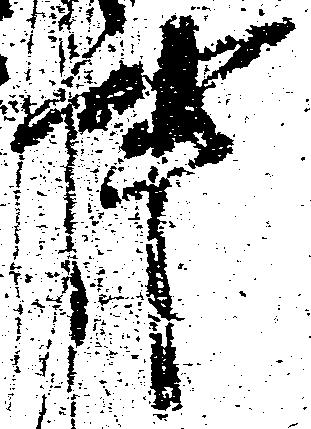
事